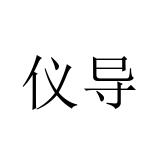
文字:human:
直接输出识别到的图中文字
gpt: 仪导